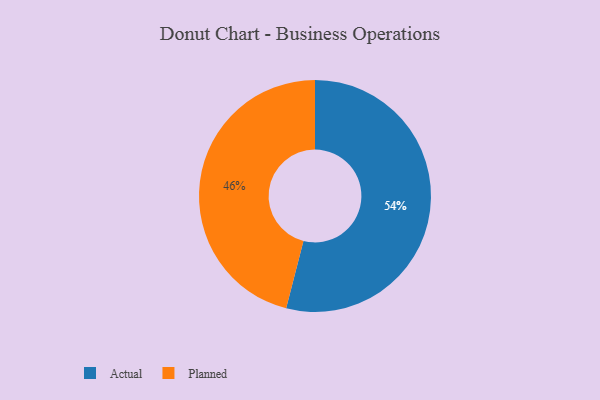
{"axis": {"x": "Category", "y": "Percentage"}, "legend": ["Actual", "Planned"], "data": [{"x": "Actual", "y": 54, "type": "Actual"}, {"x": "Planned", "y": 46, "type": "Planned"}]}